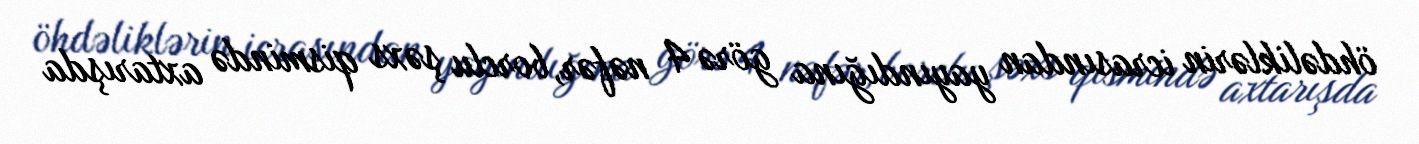
öhdəliklərin icrasından yayındığına görə 4 nəfər, borclu şəxs qismində axtarışda